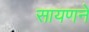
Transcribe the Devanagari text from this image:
सायणने